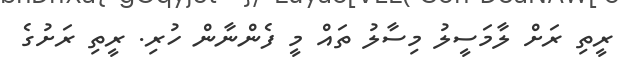
ރީތި ރަށް ލާމަސީލު މިސާލު ތައް މީ ފެންނާން ހުރި. ރީތި ރަށުގެ